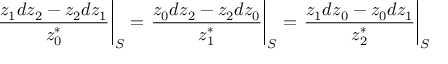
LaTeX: \left. { \frac { z _ { 1 } d z _ { 2 } - z _ { 2 } d z _ { 1 } } { z _ { 0 } ^ { * } } } \right| _ { S } = \left. { \frac { z _ { 0 } d z _ { 2 } - z _ { 2 } d z _ { 0 } } { z _ { 1 } ^ { * } } } \right| _ { S } = \left. { \frac { z _ { 1 } d z _ { 0 } - z _ { 0 } d z _ { 1 } } { z _ { 2 } ^ { * } } } \right| _ { S }